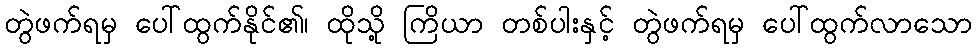
တွဲဖက်ရမှ ပေါ်ထွက်နိုင်၏၊ ထိုသို့ ကြိယာ တစ်ပါးနှင့် တွဲဖက်ရမှ ပေါ်ထွက်လာသော